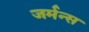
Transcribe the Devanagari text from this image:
जर्मन्स